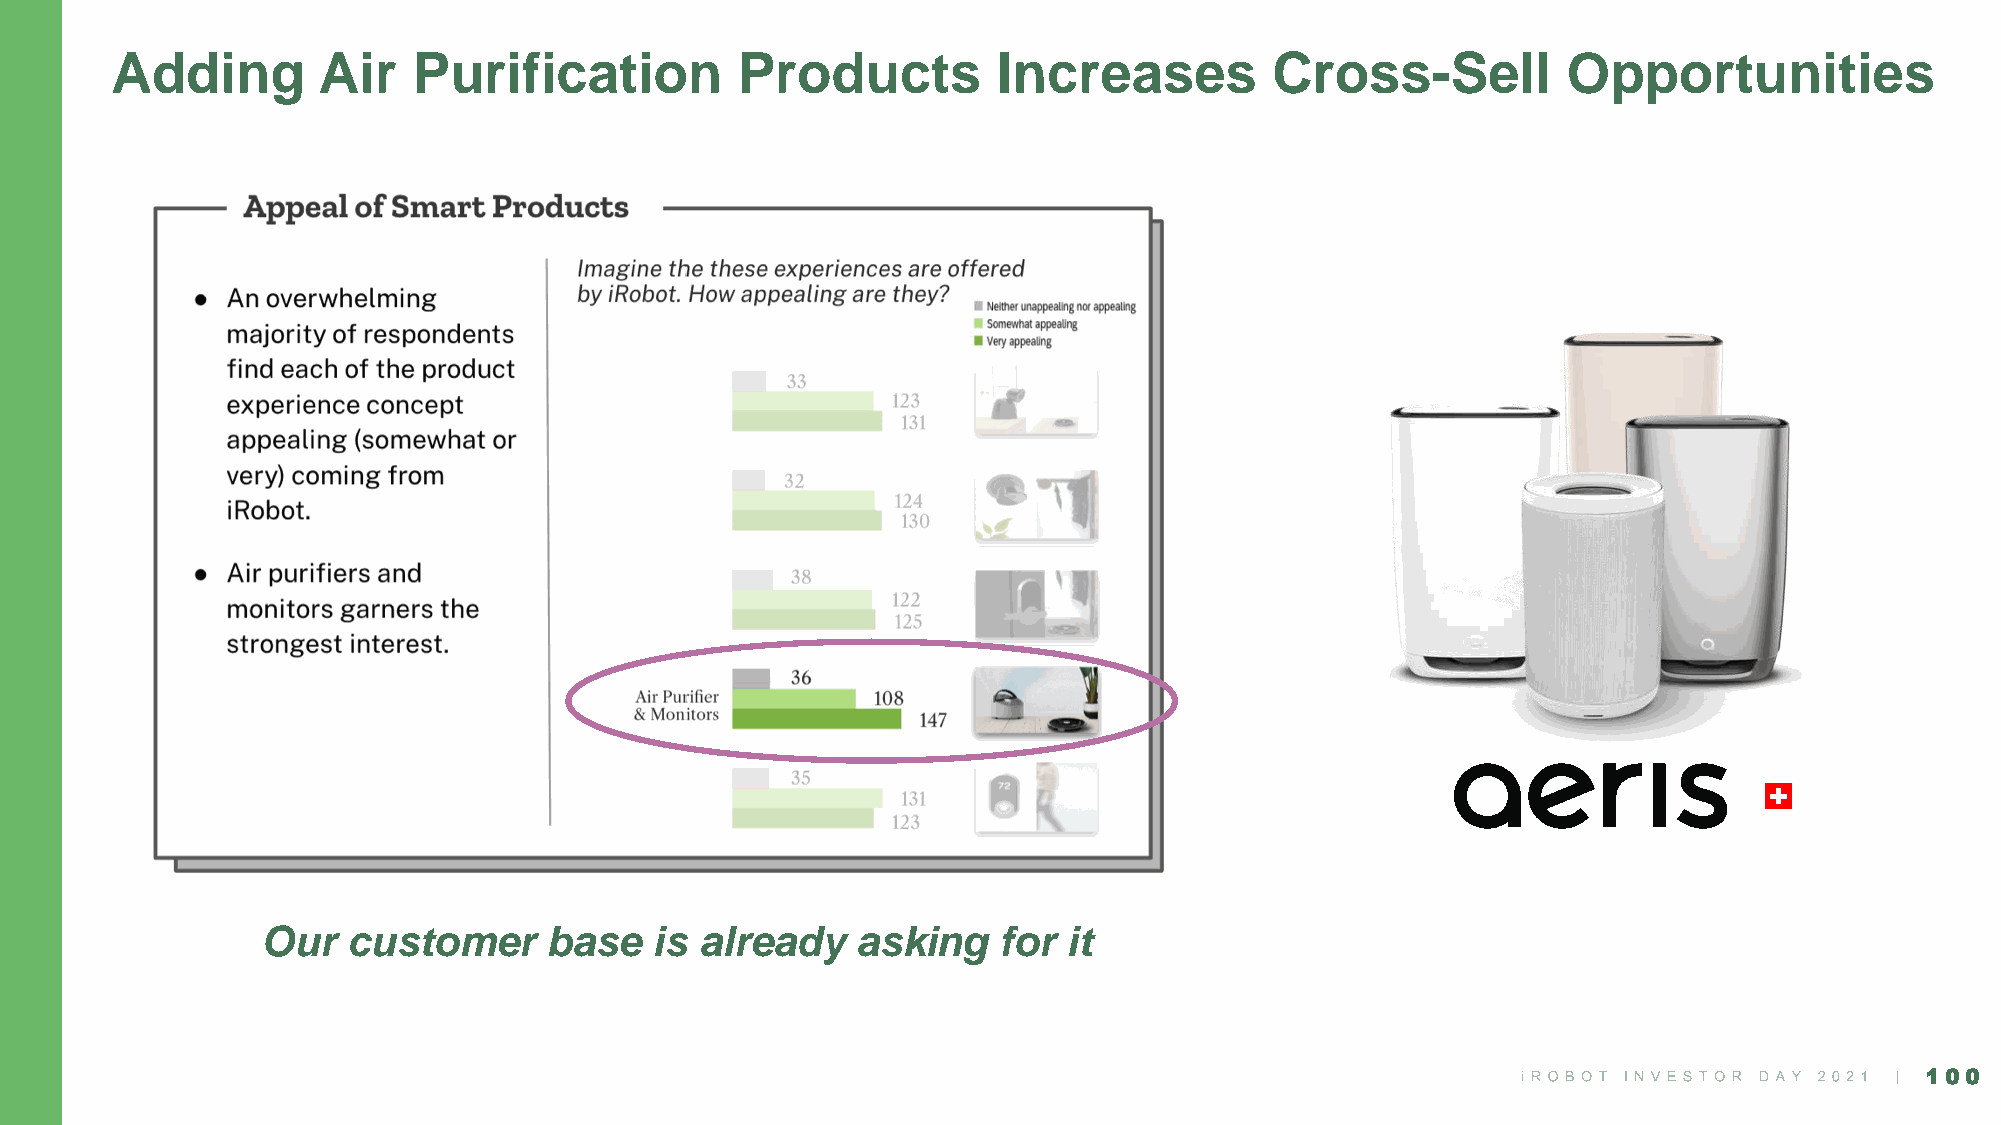
Adding        Air   Purification          Products         Increases         Cross-Sell          Opportunities
 Our   customer     base   is already    asking   for  it
 100